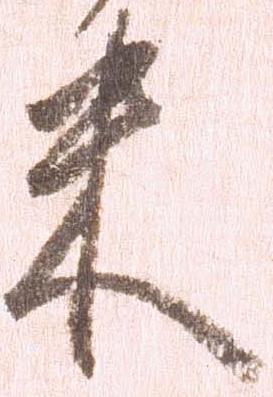
米